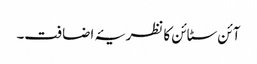
آئن سٹائن کا نظریۂ اضافت۔